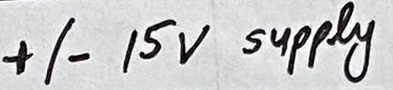
Text: +/- 15V supply